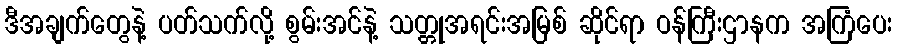
ဒီအချက်တွေနဲ့ ပတ်သက်လို့ စွမ်းအင်နဲ့ သတ္တုအရင်းအမြစ် ဆိုင်ရာ ဝန်ကြီးဌာနက အကြံပေး